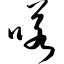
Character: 喏